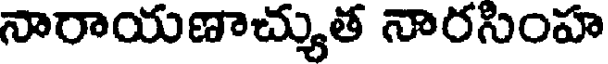
నారాయణాచ్యుత నారసింహ